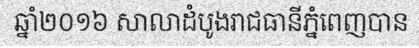
ឆ្នាំ២០១៦ សាលាដំបូងរាជធានីភ្នំពេញបាន